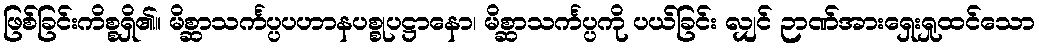
ဖြစ်ခြင်းကိစ္စရှိ၏။ မိစ္ဆာသင်္ကပ္ပပဟာနပစ္စုပဋ္ဌာနော၊ မိစ္ဆာသင်္ကပ္ပကို ပယ်ခြင်း လျှင် ဉာဏ်အားရှေးရှုထင်သော